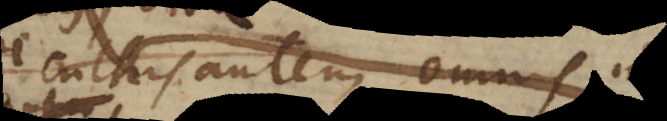
Cultus autem omnis in